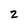
Character: 2